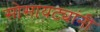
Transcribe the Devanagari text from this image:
सोसायट्यांनी